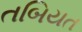
તબિયત